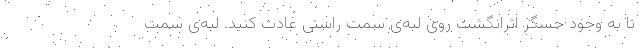
تا به وجود حسگر اثرانگشت روی لبه‌ی سمت راستی عادت کنید. لبه‌ی سمت